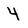
Character: 4